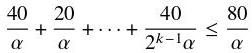
\[
\frac{40}{\alpha}+\frac{20}{\alpha}+\cdots+\frac{40}{2^{k - 1}\alpha}\leq\frac{80}{\alpha}
\]